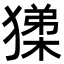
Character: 𭸧